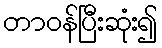
တာဝန်ပြီးဆုံး၍